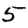
Digit: 5